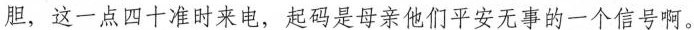
胆，这一点四十准时来电，起码是母亲他们平安无事的一个信号啊。